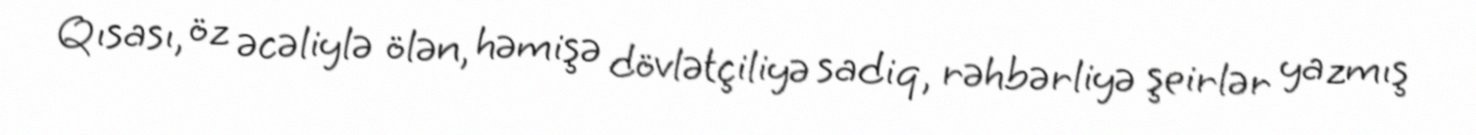
Qısası, öz əcəliylə ölən, həmişə dövlətçiliyə sadiq, rəhbərliyə şeirlər yazmış